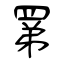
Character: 罤